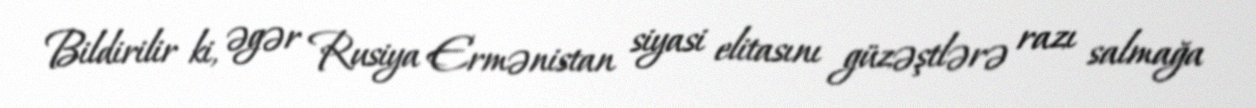
Bildirilir ki, əgər Rusiya Ermənistan siyasi elitasını güzəştlərə razı salmağa